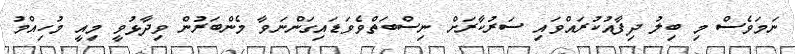
ނަމަވެސް މި ބިލު ދިފާއުކުރައްވައި ސަރުކާރަށް ނިސްބަތްވެވަޑައިގަންނަވާ މެންބަރުން ވިދާޅުވީ މިއީ މުހިއްމު